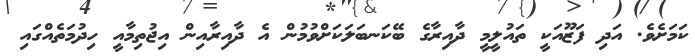
ކަމަށެވެ. އަދި ފަޒޫއަކީ ތައުލީމީ ދާއިރާގެ ބޭކަނބަލަކަށްވުމުން އެ ދާއިރާއިން އިޖުތިމާއީ ހިދުމަތެއްގައި